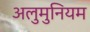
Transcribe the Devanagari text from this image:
अलुमुनियम